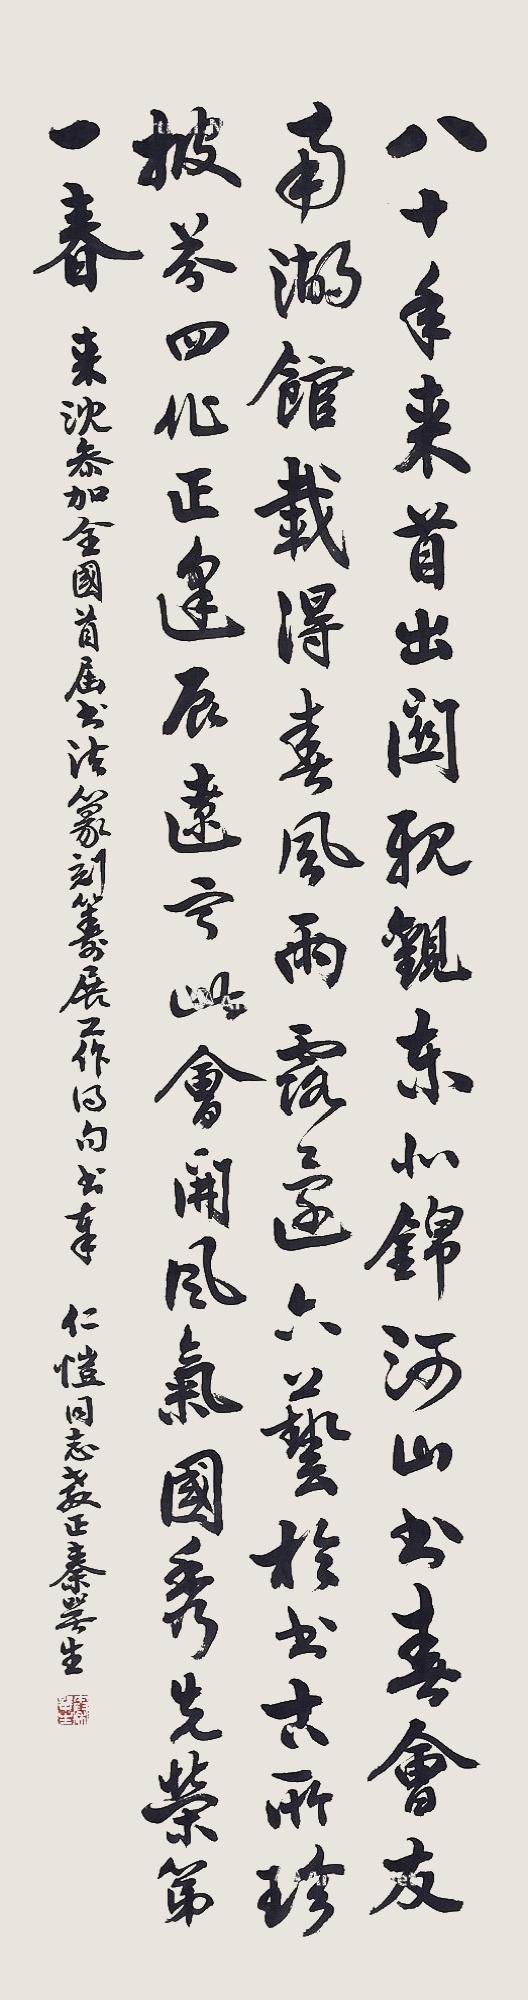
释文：八十年来首出关，亲观东北锦河山。书春会友南湖馆，载得春风雨露还。六艺于书古所珍，披芬四化正逢辰。辽宁此会开风气，国秀先荣第一春。来沈参加全国首届书法篆刻筹展工作得句。书奉仁恺同志教正，秦咢生。